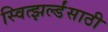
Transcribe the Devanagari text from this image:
स्वित्झर्ल्डंसाठी